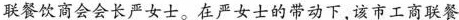
联餐饮商会会长严女士。在严女士的带动下，该市工商联餐